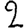
Digit: 2